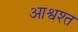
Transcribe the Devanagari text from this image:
आश्वश्त